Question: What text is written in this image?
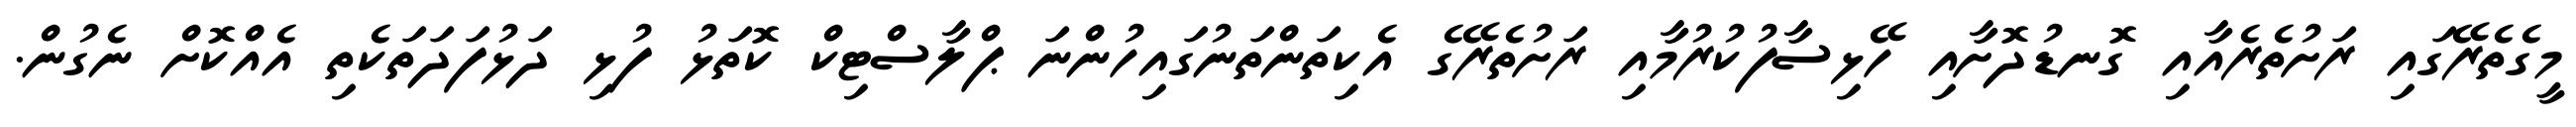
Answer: މީގެތެރޭގައި ރަށުތެރެއާއި ގޮނޑުދޮށާއި ހޭޅިސާފުކުރުމާއި ރަށުތެރޭގެ އެކިތަންތަނުގައިހުންނަ ޕްލާސްޓިކް ކޮތަޅު ފުޅި ދަޅުފަދަތަކެތި އެއްކޮށް ނެގުން.